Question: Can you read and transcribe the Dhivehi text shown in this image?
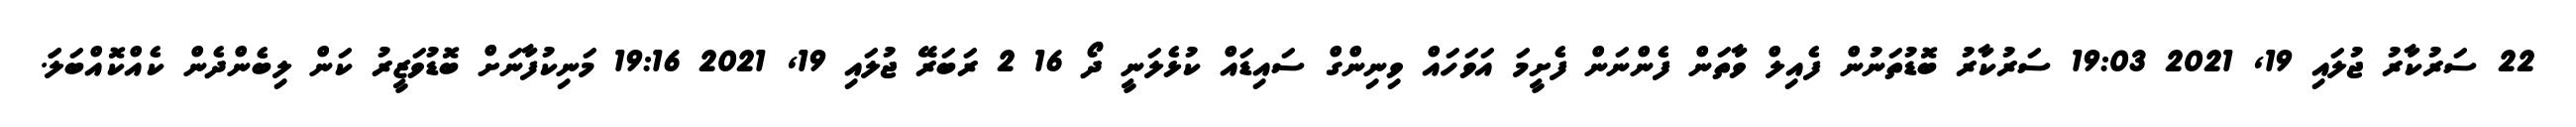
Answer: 22 ސަރުކާރު ޖުލައި 19, 2021 19:03 ސަރުކާރު ބޮޑުތަނުން ފެއިލް ވާތަން ފެންނަން ފެށީމަ އަވަހައް ވިނިންގް ސައިޑައް ކުޅެލަނީ ދޯ 16 2 ރަބަރޭ ޖުލައި 19, 2021 19:16 މަނިކުފާނަށް ބޮޑުވަޒީރު ކަން ލިބެންދެން ކެއްކޮއްބަލަަ.